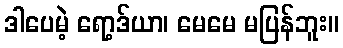
ဒါပေမဲ့ ရော့ဒ်ယာ၊ မေမေ မပြန်ဘူး။